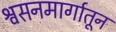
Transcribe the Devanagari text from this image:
श्वसनमार्गातून